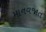
માનવજાત